Report of the Hyderabad Chloroform Commission
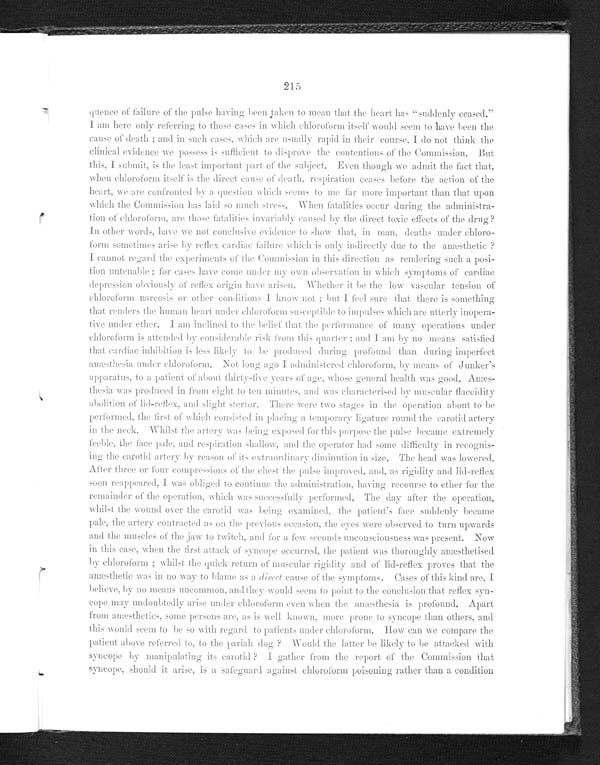
215
quence of failure of the pulse having been taken to mean that the heart has "suddenly ceased."
I am here only referring to those cases in which chloroform would seem to have been the
cause of death ; and in such cases, which are usually rapid in their course, I do not think the
c l i n c i a l e v i d e n c e w e p o s s e s s i s s u f f i c i e n t t o d i s p r o v e t h e c o n t e n t i o n s o f t h e C o m m i s s i o n . B u t
this, I submit, is the least important part of the subject. Even though we admit the fact that,
when chloroform itself is the direct cause of death. respiration ceases before the action of the
heart, we are confronted by question which seems to me far more important than that upon
which the Commission has laid so much stress. When fatalities occur during the administra
-
tion of chloroform, are those fatalities invariably caused by the direct toxic effects of the drug?
In other words, have we not conclusive evidence to show that, in man, deaths under chloro-
form sometimes arise by reflex cardiac failure which is only indirectly due to the anæsthetic ?
I cannot regard the experiments of the Commission in this direction as rendering such a posi
-
tion untenable ; for cases have come under my own observation in which symptoms of cardiac
depression obviously of reflex origin have arisen. Whether it be the low vascular tension of
chloroform narcosis or other conditions I know not : but I feel sure that there is something
that renders the human heart under chloroform susceptible to impulses which are utterly inopera-
tive under ether. I am inclined to the belief .that that the performance of
m a n y o p e r a t i o n s u n d e r
c h l o r o f o r m i s a t t e n d e d b y c o n s i d e r a b l e r i s k f r o m t h i s q u a r t e r : a n d I a m b y n o m e a n s s a t i s f i e d
that cardiac inhibition is less likely to be produeed during profound than during imperfect
a n æ s t h e s i a u n d e r c h l o r o f o r m . N o t l o n g a g o I a d m i n i s t e r e d c h l o r o f o r m s , b y m e a n s o f J u n k e r ' s
apparatus, to a patient of about thirty-live years of age, whose general health was good. Amæs-
thesia was produced in from eight to ten minutes, and was characterised by muscular flaccidity
abolition of lid-reflex, and slight stertor. Thew were two stages in the operation about to
b
performed. the first of which consisted ill plaeing a temporary ligature round the carotid artery
in the neck. Whilst the artery was being exposed for this purpose the pulse became extremely
feeble, the face pale, and respiration shallow, and the operator had some difficulty in recognis
-
ing the carotid artery by reason of its extraordinary diminution in size. The head was lowered.
After three or four compressions of the chest the pulse improved, and, as rigidity and lid-reflex
soon reappeared, I was obliged to continue the administration, having recourse to e t h e r f o r t h e
remainder of the operation, which was successfully performed. The day after the operation,
whilst the wound over the carotid was being examined, the patient's face suddenly bec
a m e
p a l e , t h e a r t e r y c o n t r a c t e d a s o n t h e p r e v i o u s o c c a s i n , t h e e y e s w e r e o b s e r v e d t o t u r n u p w a r d s
and the museles of the jaw to twitch , and for a few seconds unconsciousness was present. Now
in this case, when the first attack of syncope occurred, the patient was thoroughly anæsthetised
by chloroform ; whilst the quick return of muscular rigidity and of lid-reflex proves that the
anæsthetie was in no way to blame aa ad i r e c t
c a u s e o f t h e s y m p t o m s . C a s e s o f t h i s k i n d
a r e , I
believe, by no means uncommon, and they would seem to point to the conclusion that reflex s
y n -
cope may undoubtedly arise under chloroform even when the anæthesia is profound. Apart
from anæthetics, some persons are, as is well known, more prone to syncope than others, an
d
this would seem to be so with regard to patients under chloroform. How can we compare the
patient above referred to, to the pariah dog ? Would t h e
l a t t e r
be likely to be attacked with
syncope by manipulating its carotid ? I gather from the report of the Commission that
syncope, should it arise, is a safeguard against chloroform poisoning rather than a condition